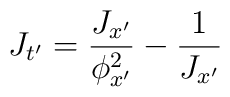
J_{t'}=\frac{J_{x'}}{\phi _{x'}^{2}}-\frac{1}{J_{x'}}